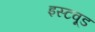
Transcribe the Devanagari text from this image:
इस्टवूड